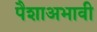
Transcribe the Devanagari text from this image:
पैशाअभावी